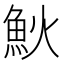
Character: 𩵰